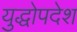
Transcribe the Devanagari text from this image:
युद्धोपदेश